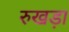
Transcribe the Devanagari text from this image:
रुखड़ा